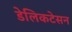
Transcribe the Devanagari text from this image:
डेलिकटेसन